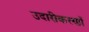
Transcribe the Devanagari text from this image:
उदारीकरणों